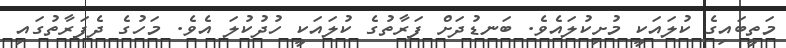
މަތީބައިގެ ކުލައަކީ މުށިކުލައެވެ. ބަނޑުދަށް ފަރާތުގެ ކުލައަކީ ހުދުކުލަ އެވެ. މަހުގެ ދެފަރާތުގައި